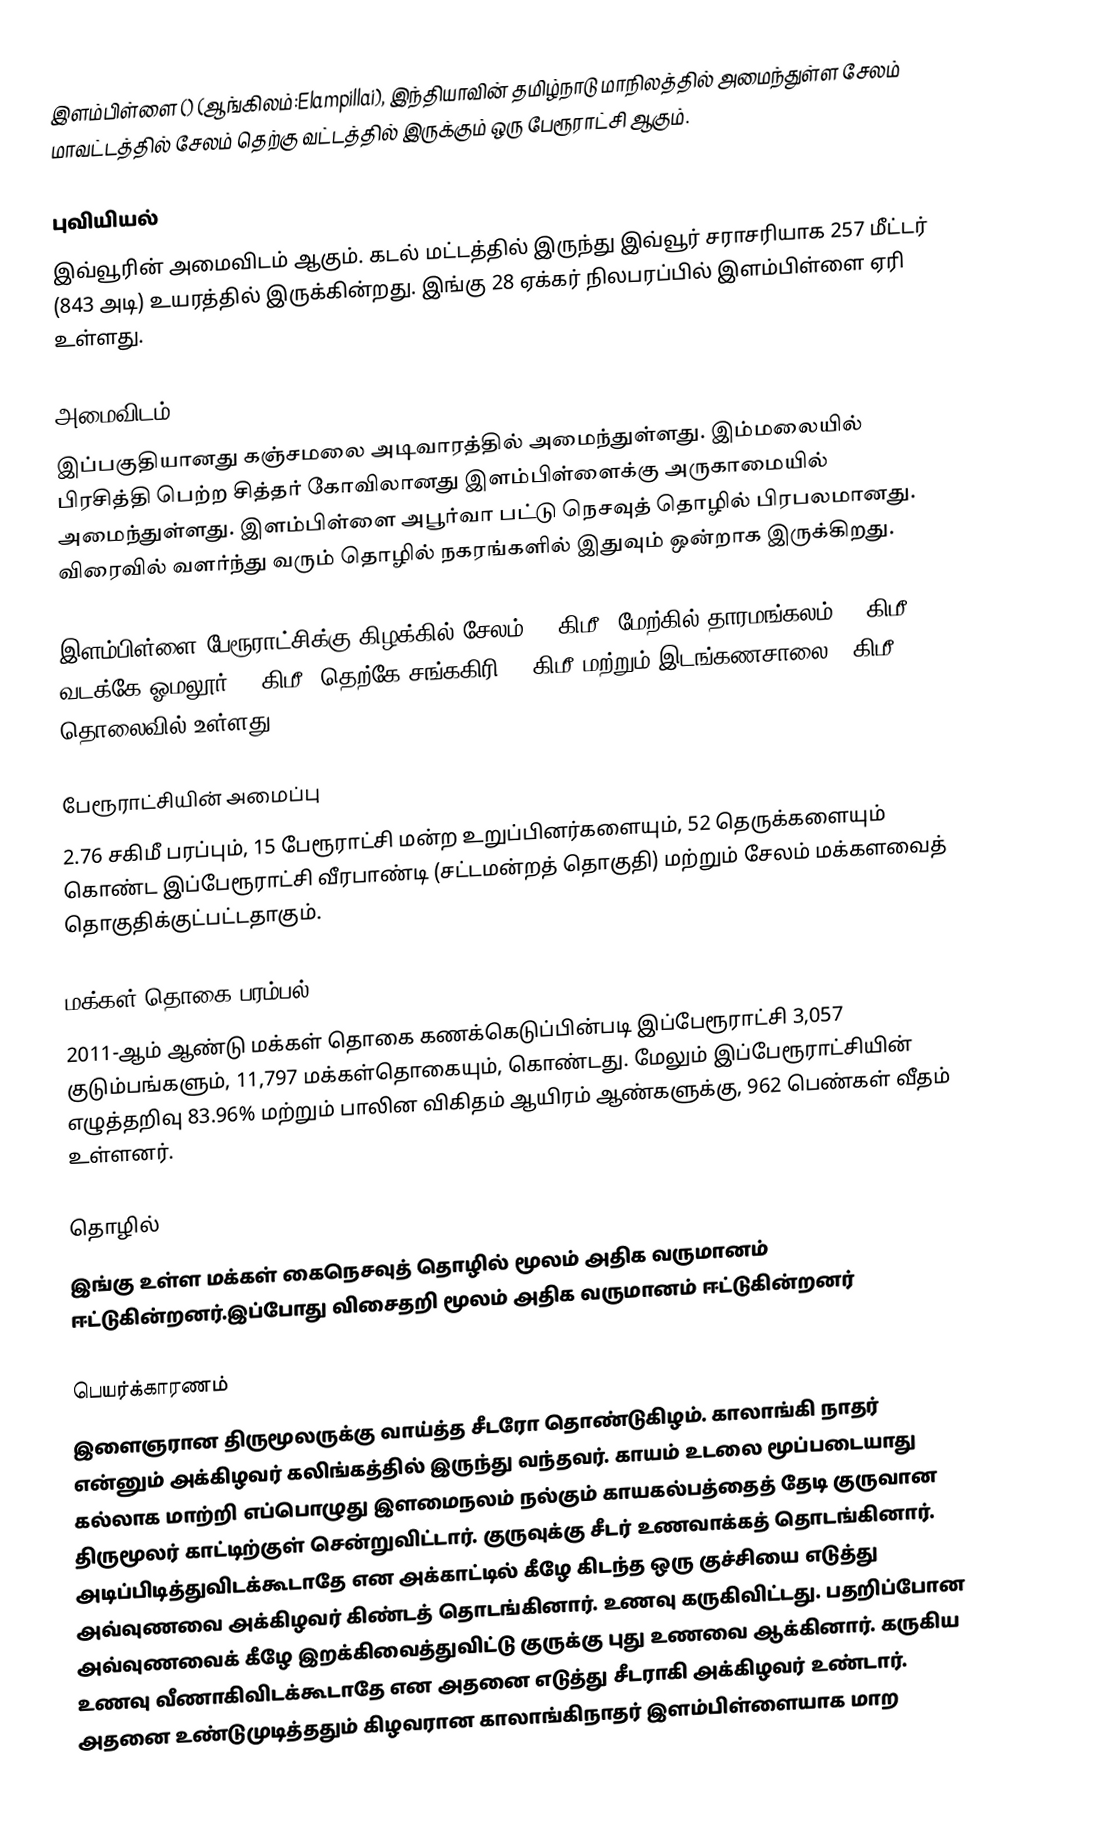
இளம்பிள்ளை () (ஆங்கிலம்:Elampillai), இந்தியாவின் தமிழ்நாடு மாநிலத்தில் அமைந்துள்ள சேலம் மாவட்டத்தில் சேலம் தெற்கு வட்டத்தில் இருக்கும் ஒரு பேரூராட்சி ஆகும்.

புவியியல்
இவ்வூரின் அமைவிடம்  ஆகும். கடல் மட்டத்தில் இருந்து இவ்வூர் சராசரியாக 257 மீட்டர் (843 அடி) உயரத்தில் இருக்கின்றது. இங்கு 28 ஏக்கர் நிலபரப்பில் இளம்பிள்ளை ஏரி உள்ளது.

அமைவிடம்
இப்பகுதியானது கஞ்சமலை அடிவாரத்தில் அமைந்துள்ளது. இம்மலையில் பிரசித்தி பெற்ற சித்தர் கோவிலானது இளம்பிள்ளைக்கு அருகாமையில் அமைந்துள்ளது. இளம்பிள்ளை அபூர்வா பட்டு நெசவுத் தொழில் பிரபலமானது. விரைவில் வளர்ந்து வரும் தொழில் நகரங்களில் இதுவும் ஒன்றாக இருக்கிறது.

இளம்பிள்ளை பேரூராட்சிக்கு கிழக்கில் சேலம் 20 கிமீ; மேற்கில் தாரமங்கலம் 15 கிமீ; வடக்கே ஓமலூர் 20 கிமீ; தெற்கே சங்ககிரி 22 கிமீ மற்றும் இடங்கணசாலை  1 கிமீ தொலைவில் உள்ளது.

பேரூராட்சியின் அமைப்பு
2.76 சகிமீ பரப்பும், 15 பேரூராட்சி மன்ற உறுப்பினர்களையும், 52 தெருக்களையும்  கொண்ட இப்பேரூராட்சி வீரபாண்டி (சட்டமன்றத் தொகுதி) மற்றும் சேலம் மக்களவைத் தொகுதிக்குட்பட்டதாகும்.

மக்கள் தொகை பரம்பல்
2011-ஆம் ஆண்டு மக்கள் தொகை கணக்கெடுப்பின்படி  இப்பேரூராட்சி  3,057  குடும்பங்களும், 11,797 மக்கள்தொகையும், கொண்டது. மேலும் இப்பேரூராட்சியின் எழுத்தறிவு 83.96% மற்றும்  பாலின விகிதம் ஆயிரம் ஆண்களுக்கு, 962 பெண்கள் வீதம் உள்ளனர்.

தொழில்
இங்கு உள்ள மக்கள் கைநெசவுத் தொழில் மூலம் அதிக வருமானம் ஈட்டுகின்றனர்.இப்போது விசைதறி மூலம் அதிக வருமானம் ஈட்டுகின்றனர்

பெயர்க்காரணம்
இளைஞரான திருமூலருக்கு வாய்த்த சீடரோ தொண்டுகிழம். காலாங்கி நாதர் என்னும் அக்கிழவர் கலிங்கத்தில் இருந்து வந்தவர். காயம் உடலை மூப்படையாது கல்லாக மாற்றி எப்பொழுது இளமைநலம் நல்கும் காயகல்பத்தைத் தேடி குருவான திருமூலர் காட்டிற்குள் சென்றுவிட்டார். குருவுக்கு சீடர் உணவாக்கத் தொடங்கினார். அடிப்பிடித்துவிடக்கூடாதே என அக்காட்டில் கீழே கிடந்த ஒரு குச்சியை எடுத்து அவ்வுணவை அக்கிழவர் கிண்டத் தொடங்கினார். உணவு கருகிவிட்டது. பதறிப்போன அவ்வுணவைக் கீழே இறக்கிவைத்துவிட்டு குருக்கு புது உணவை ஆக்கினார். கருகிய உணவு வீணாகிவிடக்கூடாதே என அதனை எடுத்து சீடராகி அக்கிழவர் உண்டார். அதனை உண்டுமுடித்ததும் கிழவரான காலாங்கிநாதர் இளம்பிள்ளையாக மாற